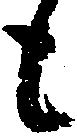
も